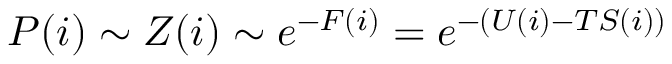
P ( i ) \sim Z ( i ) \sim e ^ { - F ( i ) } = e ^ { - ( U ( i ) - T S ( i ) ) }